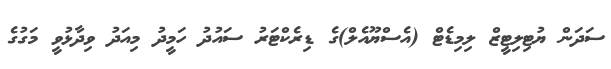
ސަދަން ޔުޓިލިޓީޒް ލިމިޑެޓް (އެސްޔޫއެލް)ގެ ޑިރެކްޓަރު ސައުދު ހަމީދު މިއަދު ވިދާޅުވީ މަގުގެ